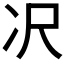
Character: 𪞚